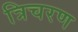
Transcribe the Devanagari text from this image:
त्रिचरण